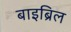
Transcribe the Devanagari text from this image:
बाइब्रिल